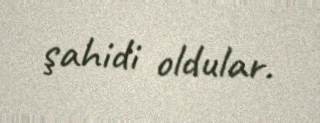
şahidi oldular.